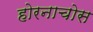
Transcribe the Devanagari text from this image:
होरनाचोस